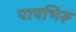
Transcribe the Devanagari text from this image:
पापभिरू